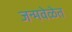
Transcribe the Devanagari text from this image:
जन्मवेळेत